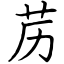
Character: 苈